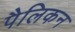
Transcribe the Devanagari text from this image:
पैलिकन